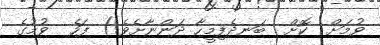
ވުމަށް  ކޮށް  ބަނދެފިމީހާ ދަންނާށެވެ!) ފަހެ  ވުމުގެ